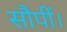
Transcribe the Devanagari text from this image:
सौपीं।